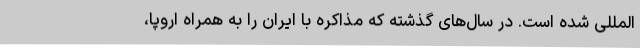
المللی شده است. در سال‌های گذشته که مذاکره با ایران را به همراه اروپا،